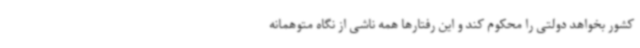
کشور بخواهد دولتی را محکوم کند و این رفتارها همه ناشی از نگاه متوهمانه